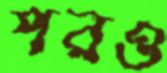
পরও